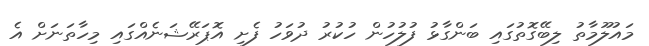
މައުލޫމާތު ލިބޭގޮތުގައި ބަންގާޅު ފުލުހުން ހުކުރު ދުވަހު ފެށި އޮޕަރޭޝަނެއްގައި މިހާތަނަށް އެ